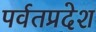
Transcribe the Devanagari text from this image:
पर्वतप्रदेश